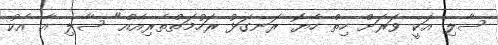
ސާލި އަކީ ވަރަށް ހިތް ހެޔޮ ރަނގަޅު ރަހުމަތްތެރިއެއް" ސާލި އާ އެކު